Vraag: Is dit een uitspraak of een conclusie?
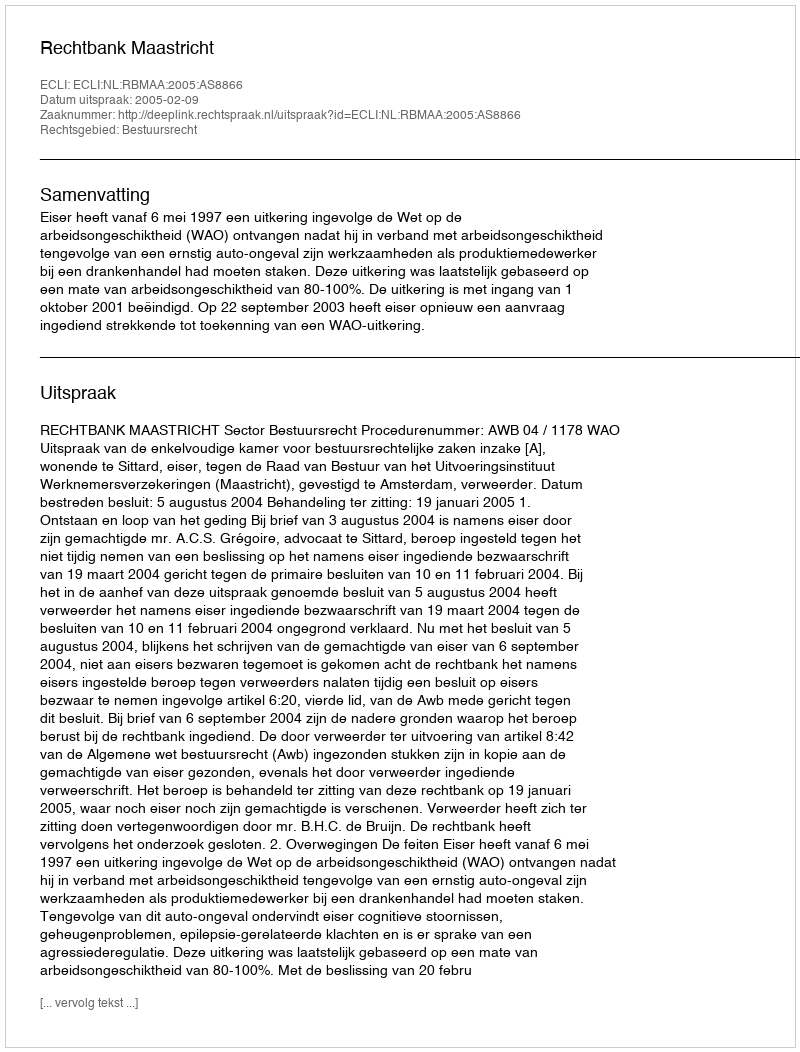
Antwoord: Uitspraak